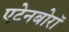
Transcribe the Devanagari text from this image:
एटेनबोरॉ